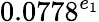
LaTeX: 0.0778^{e_{1}}